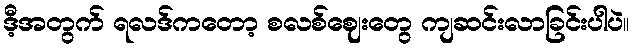
ဒီ့အတွက် ရလဒ်ကတော့ စလစ်ဈေးတွေ ကျဆင်းလာခြင်းပါပဲ။